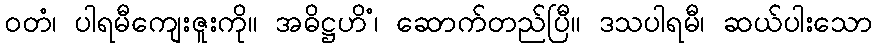
ဝတံ၊ ပါရမီကျေးဇူးကို။ အဓိဋ္ဌဟိံ၊ ဆောက်တည်ပြီ။ ဒသပါရမီ၊ ဆယ်ပါးသော